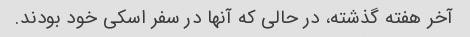
آخر هفته گذشته، در حالی که آنها در سفر اسکی خود بودند.